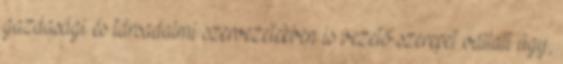
gazdasági és társadalmi szervezetekben is vezető szerepet vállalt úgy,